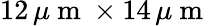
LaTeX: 12\, \mu\mathrm{~m~}\times 14\, \mu\mathrm{~m~}